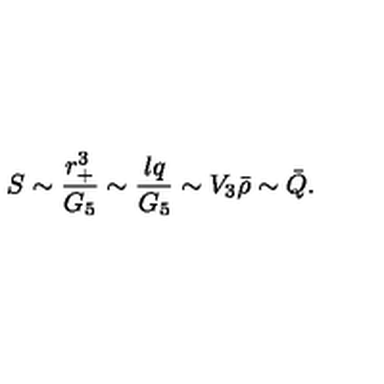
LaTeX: S \sim { \frac { r _ { + } ^ { 3 } } { G _ { 5 } } } \sim { \frac { l q } { G _ { 5 } } } \sim V _ { 3 } { \bar { \rho } } \sim { \bar { Q } } .